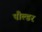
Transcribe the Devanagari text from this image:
पौल्डर